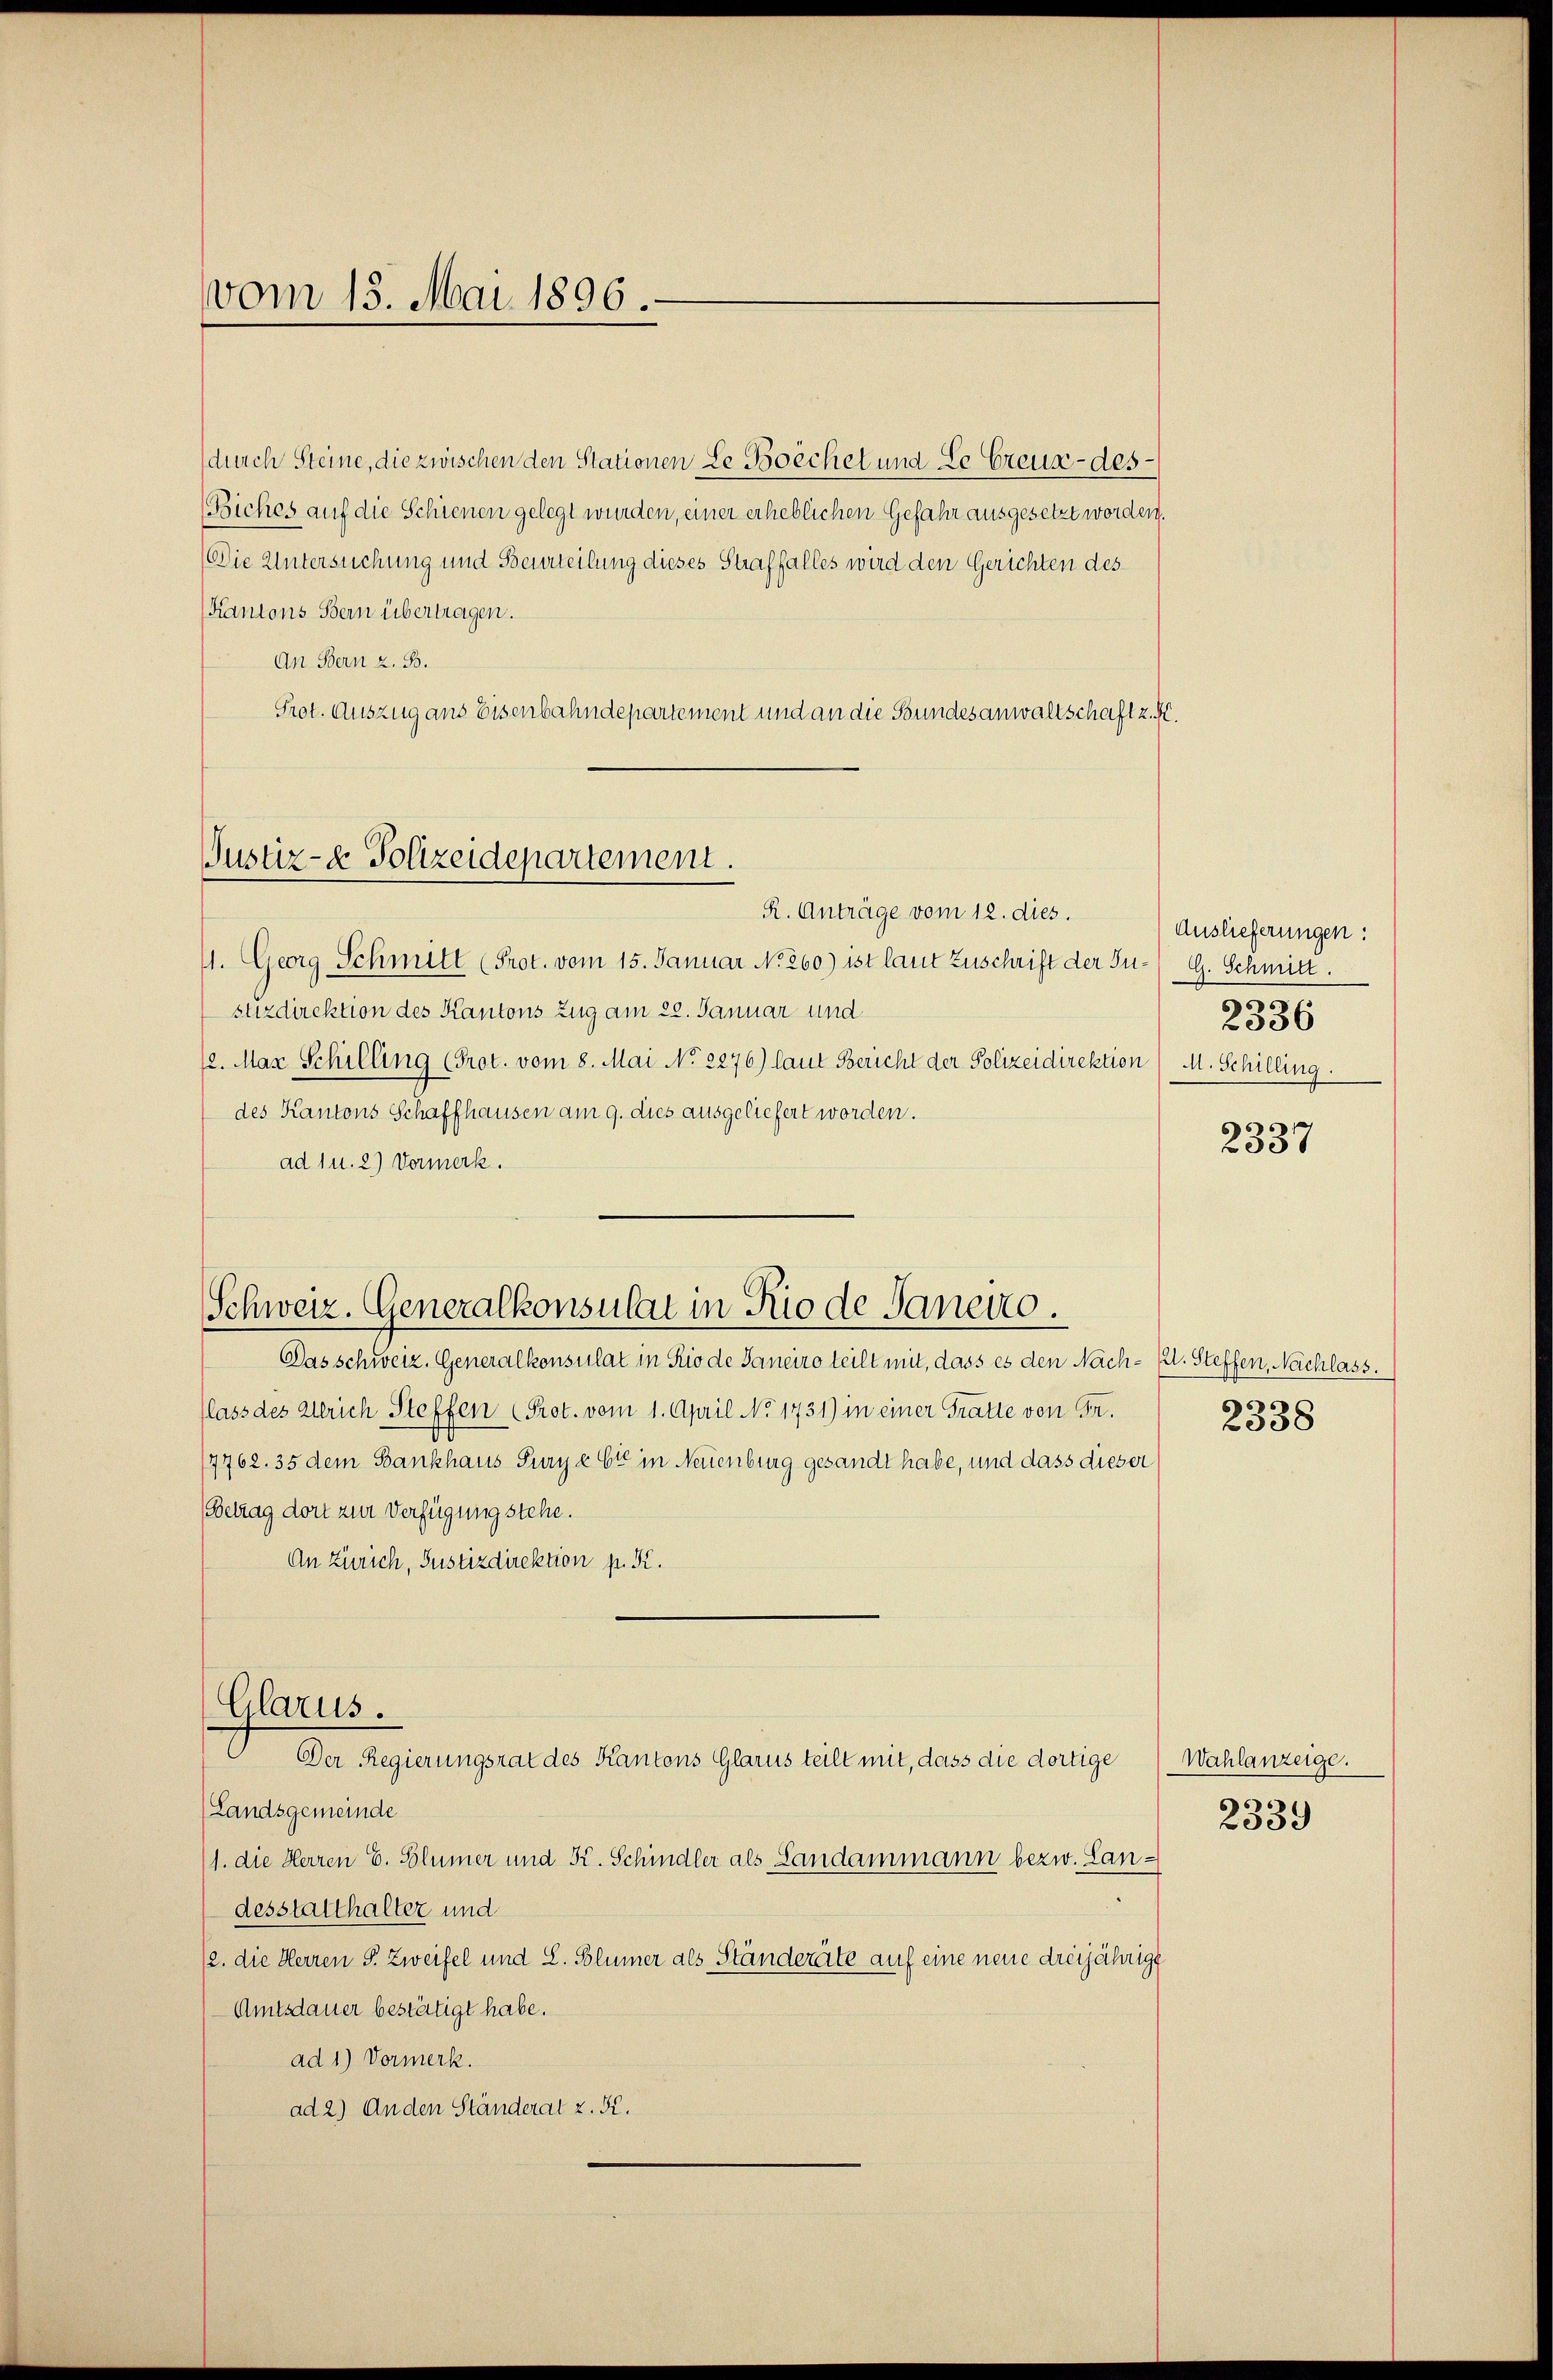
vom 15. Mai 1896.

(durch Steine, die zwischen den Stationen Le Boechet und Le Creuz-des¬
(Biches auf die Schienen gelegt wurden, einer erheblichen Gefahr ausgesetzt worden.
Die Untersuchung und Beurteilung dieses Straffalles wird den Gerichten des
Kantons Bern übertragen.
An Bern z. B.
Prot. Auszug aus Eisenbahndepartement und an die Bundesanwaltschaft z. F
R. Anträge vom 12. dies.
11. Georg Schmitt (Prot. vom 15. Januar No. 260.) ist laut Zuschrift der Su-G. Schmitt
stizdirektion des Kantons Zug am 22. Januar und
12. Mar Schilling (Prot. vom 8. Mai No 2276) laut Bericht der Polizeidirektion M. Schilling.
des Kantons Schaffhausen am 9. dies ausgeliefert worden.
ad 1 u. 2) Vormerk.
Das schweiz. Generalkonsulat in Rio de Janeiro teilt mit, dass es den Nach- E. Steffen, Nachlass.
(lass des Ulrich Steffen (Prot. vom 1. April No 1731) in einer Tratte von Fr.
17762. 35 dem Bankhaus Fury ebt in Neuenburg gesandt habe, und dass dieser
(Betrag dort zur Verfügung stehe.
An Zürich, Justizdirektion p. K.
Glarus.
Der Regierungsrat des Kantons Glarus teilt mit, dass die dortige
(Landsgemeinde
(1. die Herren E. Blümer und K. Schindler als Landammann bezw. Landesstatthalter und
2. die Herren P. Zweifel und S. Blümer als Ständeräte auf eine neue dreijährige
Amtsdauer bestätigt habe.
ad 1) Vormerk.
ad 2.) Anden Ständerat z. B.

Justiz- & Polizeidepartement.

Schweiz. Generalkonsulat in Rio de Saneno.

Auslieferungen:
2336

2337

2338

Wahlanzeige.

2339